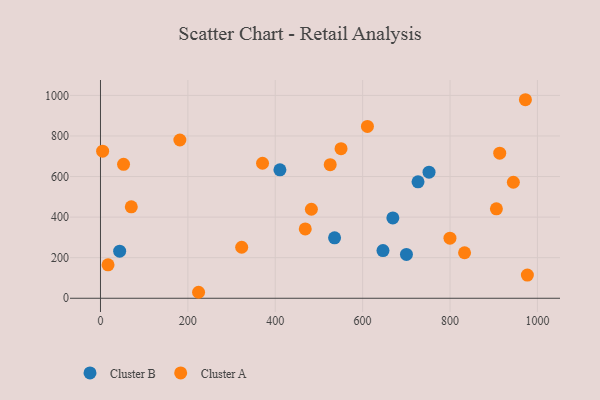
{"axis": {"x": "Experience", "y": "Exam Score"}, "legend": ["Cluster A", "Cluster B"], "data": [{"x": "752.0", "y": 621.3, "type": "Cluster B"}, {"x": "669.2", "y": 395.9, "type": "Cluster B"}, {"x": "43.9", "y": 232.2, "type": "Cluster B"}, {"x": "646.6", "y": 234.8, "type": "Cluster B"}, {"x": "700.3", "y": 216.3, "type": "Cluster B"}, {"x": "410.7", "y": 633.2, "type": "Cluster B"}, {"x": "726.8", "y": 573.9, "type": "Cluster B"}, {"x": "535.8", "y": 298.0, "type": "Cluster B"}, {"x": "977.1", "y": 114.2, "type": "Cluster A"}, {"x": "70.5", "y": 450.9, "type": "Cluster A"}, {"x": "4.9", "y": 725.0, "type": "Cluster A"}, {"x": "611.0", "y": 847.1, "type": "Cluster A"}, {"x": "799.9", "y": 296.2, "type": "Cluster A"}, {"x": "550.6", "y": 737.4, "type": "Cluster A"}, {"x": "52.8", "y": 660.2, "type": "Cluster A"}, {"x": "945.0", "y": 571.8, "type": "Cluster A"}, {"x": "972.6", "y": 978.6, "type": "Cluster A"}, {"x": "913.8", "y": 715.2, "type": "Cluster A"}, {"x": "224.5", "y": 29.5, "type": "Cluster A"}, {"x": "482.7", "y": 438.7, "type": "Cluster A"}, {"x": "525.8", "y": 658.5, "type": "Cluster A"}, {"x": "181.7", "y": 780.1, "type": "Cluster A"}, {"x": "468.7", "y": 341.7, "type": "Cluster A"}, {"x": "370.9", "y": 665.4, "type": "Cluster A"}, {"x": "833.3", "y": 224.2, "type": "Cluster A"}, {"x": "17.3", "y": 165.0, "type": "Cluster A"}, {"x": "323.2", "y": 251.4, "type": "Cluster A"}, {"x": "906.2", "y": 440.6, "type": "Cluster A"}]}